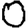
Digit: 0